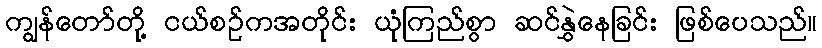
ကျွန်တော်တို့ ငယ်စဉ်ကအတိုင်း ယုံကြည်စွာ ဆင်နွှဲနေခြင်း ဖြစ်ပေသည်။